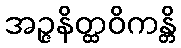
အဉ္ဇနိတ္ထဝိကန္တိ